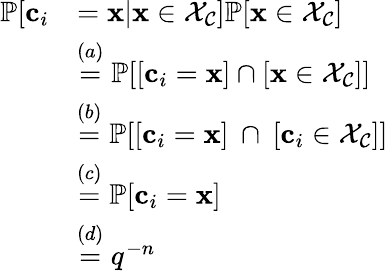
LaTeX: \begin{array}{rl}{\mathbb{P}[\mathbf{c}_{i}}&{=\mathbf{x}|\mathbf{x}\in\mathcal{X}_{\mathcal{C}}]\mathbb{P}[\mathbf{x}\in\mathcal{X}_{\mathcal{C}}]}\\ &{\overset{(a)}{=}\mathbb{P}[[\mathbf{c}_{i}=\mathbf{x}]\cap[\mathbf{x}\in\mathcal{X}_{\mathcal{C}}]]}\\ &{\overset{(b)}{=}\mathbb{P}[[\mathbf{c}_{i}=\mathbf{x}]\: \cap\: [\mathbf{c}_{i}\in\mathcal{X}_{\mathcal{C}}]]}\\ &{\overset{(c)}{=}\mathbb{P}[\mathbf{c}_{i}=\mathbf{x}]}\\ &{\overset{(d)}{=}q^{-n}}\end{array}